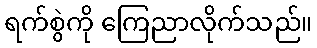
ရက်စွဲကို ကြေညာလိုက်သည်။